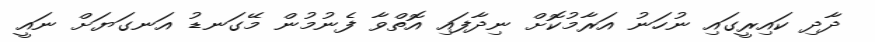
ދާދި ކައިރީގައި ނުހަނު އަރާމުކޮށް ނިދާފައި އޮތްވާ ފެނުމުން މޭގަނޑު އަނގަޔަށް ނައީ